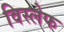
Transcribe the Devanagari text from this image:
विस्लेफ